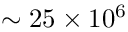
\sim 2 5 \times 1 0 ^ { 6 }